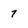
Character: 7